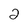
Character: 2